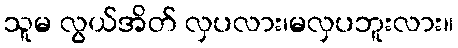
သူမ လွယ်အိတ် လှပလား၊မလှပဘူးလား။